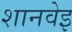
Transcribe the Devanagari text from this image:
शानवेइ